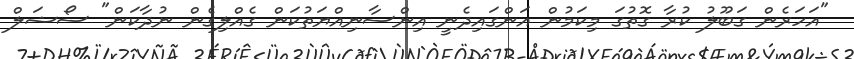
"އަހަރެން ގަބޫލު ކުރާ ގޮތުގަ މިކަމުން އަންގައިދެނީ އިންސާނިއްޔަތުކަން ގެއްލިގެން ނުދާކަން" ސޯޝަލް